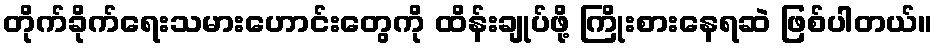
တိုက်ခိုက်ရေးသမားဟောင်းတွေကို ထိန်းချုပ်ဖို့ ကြိုးစားနေရဆဲ ဖြစ်ပါတယ်။